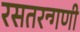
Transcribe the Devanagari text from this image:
रसतरन्गणी